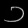
Digit: ၁